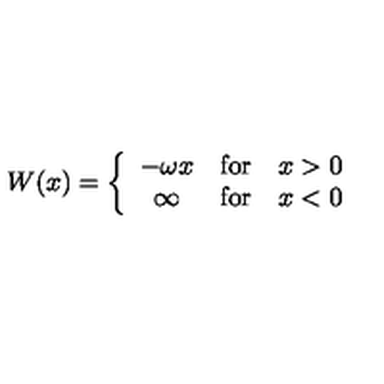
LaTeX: W ( x ) = \left\{ \begin{array} { c l l } { - \omega x } & { \mathrm { f o r } } & { x > 0 } \\ { \infty } & { \mathrm { f o r } } & { x < 0 } \\ \end{array} \right.